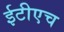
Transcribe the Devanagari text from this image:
ईटीएच